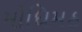
મોધિમઠ